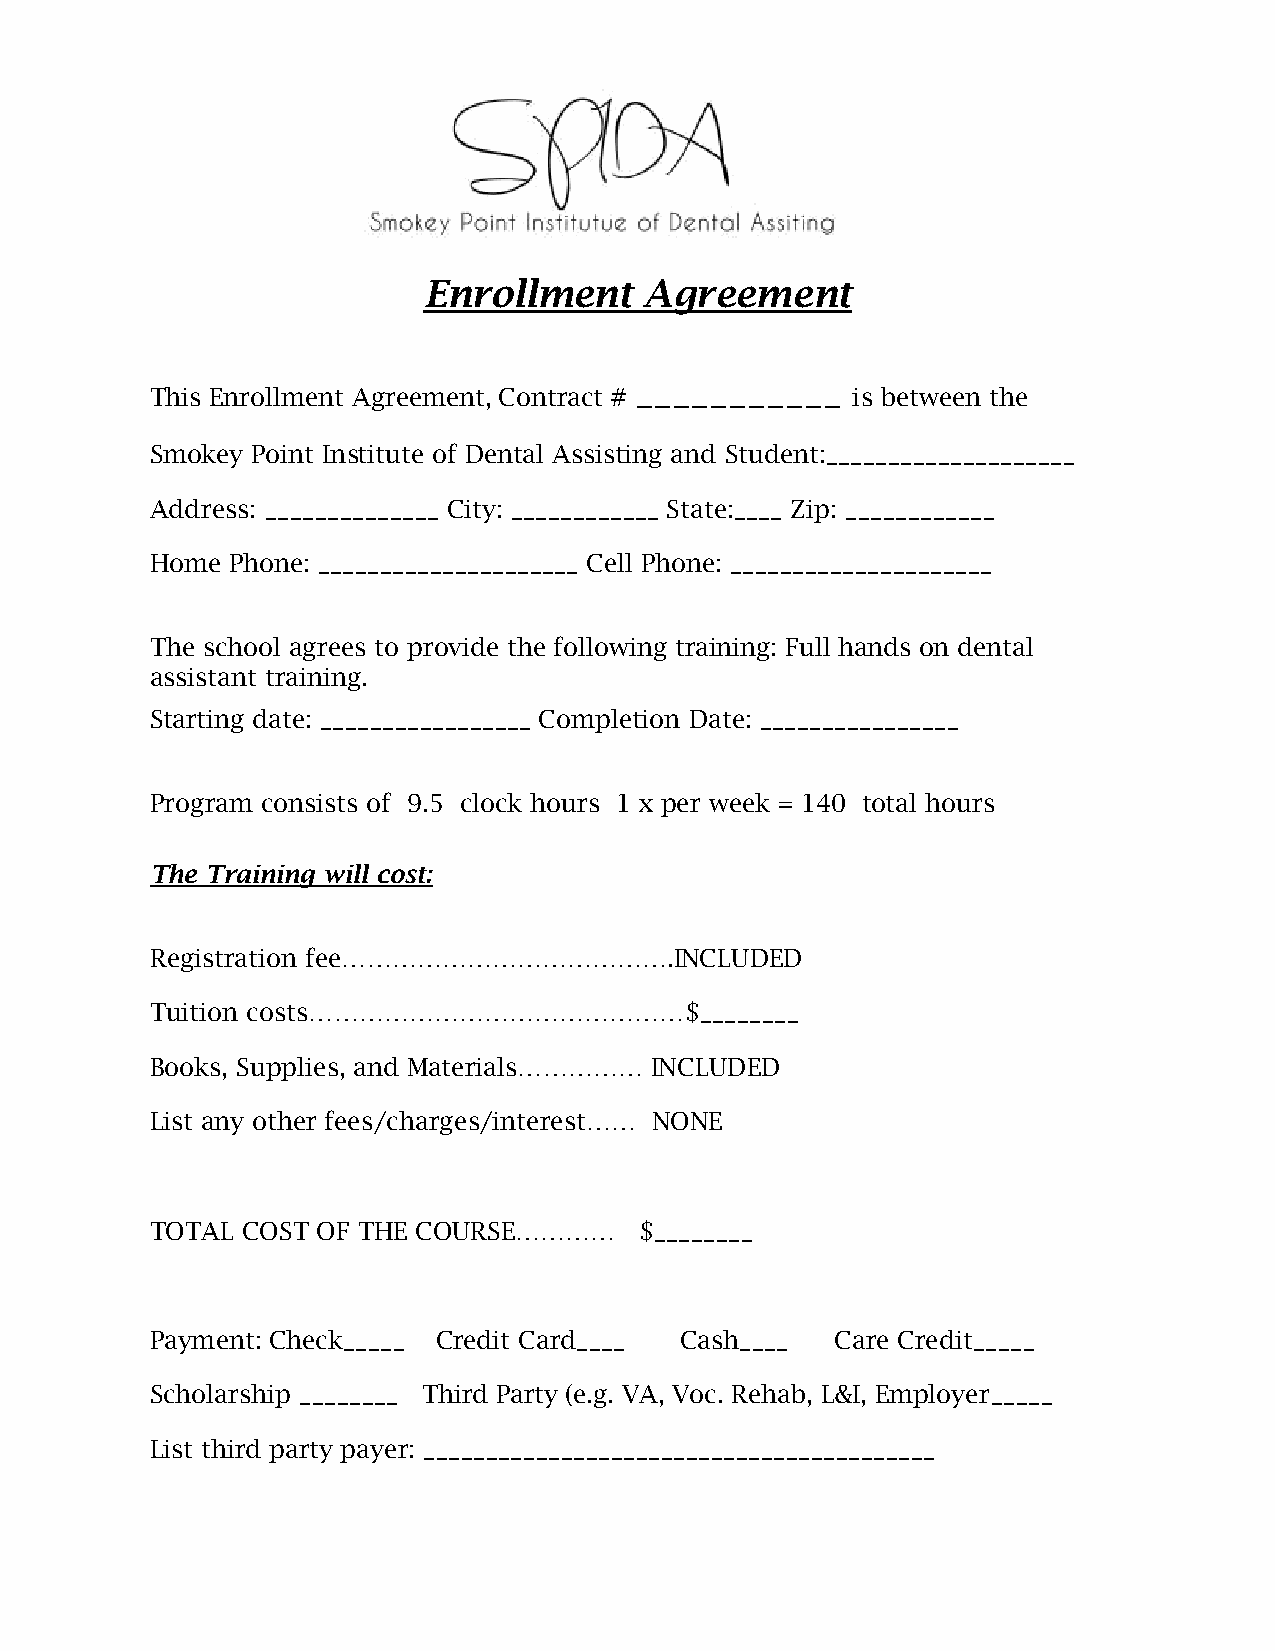
Enrollment     Agreement
 ___________
 This Enrollment Agreement, Contract #         is between the
 Smokey Point Institute of Dental Assisting and Student:____________________
 Address: ______________ City: ____________ State:____ Zip: ____________
 Home Phone: _____________________ Cell Phone: _____________________
 The school agrees to provide the following training: Full hands on dental
 assistant training.
 Starting date: _________________ Completion Date: ________________
 Program consists of 9.5 clock hours 1 x per week = 140 total hours
 The Training will cost:
 Registration fee………………………………….INCLUDED
 Tuition costs………………………………………$________
 Books, Supplies, and Materials…………… INCLUDED
 List any other fees/charges/interest…… NONE
 TOTAL COST OF THE COURSE…………    $________
 Payment: Check_____ Credit Card____ Cash____ Care Credit_____
 Scholarship ________ Third Party (e.g. VA, Voc. Rehab, L&I, Employer_____
 List third party payer: _________________________________________